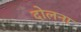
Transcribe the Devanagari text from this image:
दोलना